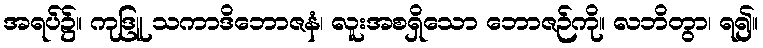
အရပ်၌။ ကုဒြူ သကာဒိဘောဇနံ၊ လူးအစရှိသော ဘောဇဉ်ကို။ လဘိတွာ၊ ရ၍။